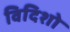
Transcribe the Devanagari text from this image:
विदिशो